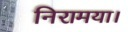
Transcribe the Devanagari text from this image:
निरामया।